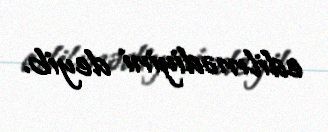
edilmədiyini deyib.